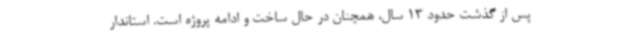
پس از گذشت حدود 13 سال، همچنان در حال ساخت و ادامه پروژه است. استاندار